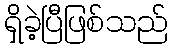
ရှိခဲ့ပြီဖြစ်သည်